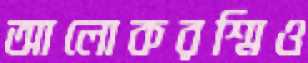
আলোকরশ্মিও